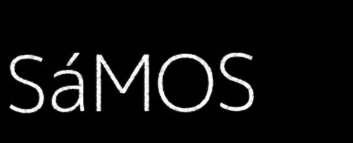
SáMOS